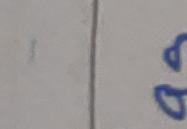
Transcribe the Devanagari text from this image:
द्ध